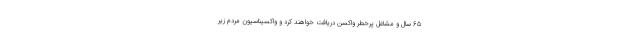
65 سال و مشاغل پرخطر واکسن دریافت خواهند کرد و واکسیناسیون مردم زیر